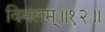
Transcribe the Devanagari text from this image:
विमलम्॥१२॥